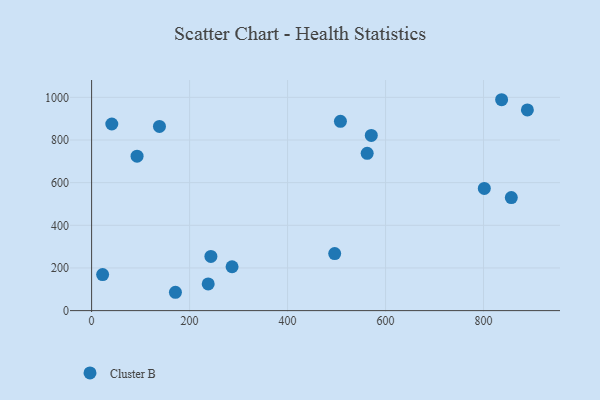
{"axis": {"x": "Study Hours", "y": "Exam Score"}, "legend": ["Cluster B"], "data": [{"x": "801.6", "y": 572.8, "type": "Cluster B"}, {"x": "238.0", "y": 125.2, "type": "Cluster B"}, {"x": "92.8", "y": 724.1, "type": "Cluster B"}, {"x": "171.1", "y": 86.0, "type": "Cluster B"}, {"x": "496.2", "y": 267.3, "type": "Cluster B"}, {"x": "22.5", "y": 169.0, "type": "Cluster B"}, {"x": "570.9", "y": 821.2, "type": "Cluster B"}, {"x": "41.2", "y": 875.1, "type": "Cluster B"}, {"x": "138.5", "y": 863.7, "type": "Cluster B"}, {"x": "856.7", "y": 530.2, "type": "Cluster B"}, {"x": "243.5", "y": 254.3, "type": "Cluster B"}, {"x": "836.9", "y": 988.8, "type": "Cluster B"}, {"x": "507.9", "y": 887.3, "type": "Cluster B"}, {"x": "889.5", "y": 941.0, "type": "Cluster B"}, {"x": "562.5", "y": 737.5, "type": "Cluster B"}, {"x": "286.7", "y": 205.6, "type": "Cluster B"}]}